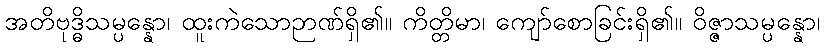
အတိဗုဒ္ဓိသမ္ပန္နော၊ ထူးကဲသောဉာဏ်ရှိ၏။ ကိတ္တိမာ၊ ကျော်စောခြင်းရှိ၏။ ဝိဇ္ဇာသမ္ပန္နော၊